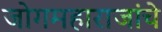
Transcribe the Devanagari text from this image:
जोगमहाराजांचे